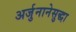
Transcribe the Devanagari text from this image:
अर्जुनानेसुद्धा